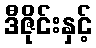
ဒီဇိုင်းနှင့်